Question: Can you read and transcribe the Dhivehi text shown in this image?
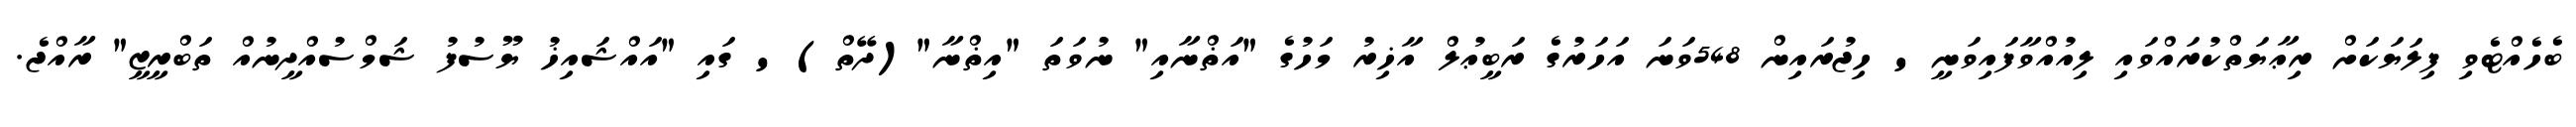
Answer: ބެހެއްޓެވި ފިލަޔަކަށް ރިޢާޔަތްކުރައްވައި ލިއުއްވާފައިވަނީ ' ހިޖުރައިން 548ވަނަ އަހަރުގެ ރަބީޢުލް އާޚިރު މަހުގެ "އަޡްނާއި" ނުވަތަ "އިޡްނާ"(ދޭތް) ' ގައި "އައްޝައިޚު ޔޫސުފު ޝަމްސުއްދީނުއް ތަބްރީޒީ" ރާއްޖެ.